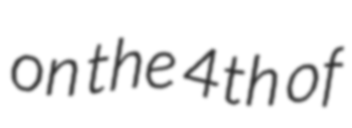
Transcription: on the 4th of